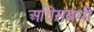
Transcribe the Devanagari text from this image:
अग्निसंबंधी